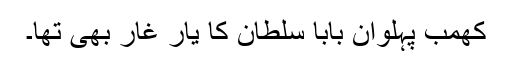
کھمب پہلوان بابا سلطان کا یار غار بھی تھا۔